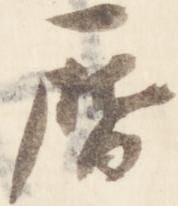
暦